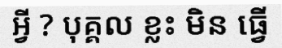
អ្វី ? បុគ្គល ខ្លះ មិន ធ្វើ